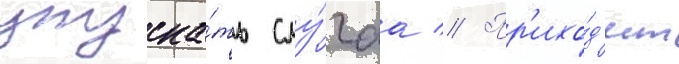
упуска́ть слу́чаа // Пр'ихо́д'ит